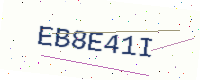
Text: EB8E41I